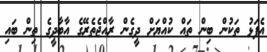
އެެފަޅު ތަކުން ބިން ތައް ކުއްޔަށް ދީގެން ރާއްޖެތެރޭގެ އާބާދީގެ ތިން ބައި